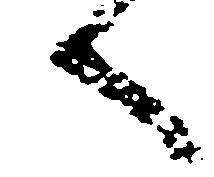
へ